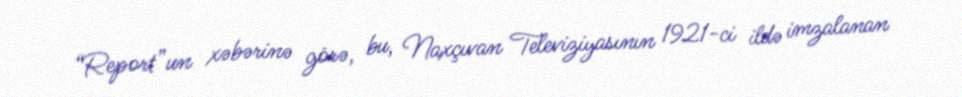
“Report”un xəbərinə görə, bu, Naxçıvan Televiziyasının 1921-ci ildə imzalanan